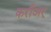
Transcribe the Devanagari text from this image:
करीअर्